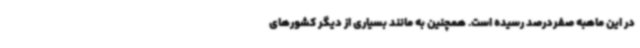
در این ماهبه صفردرصد رسیده است. همچنین به مانند بسیاری از دیگر کشورهای